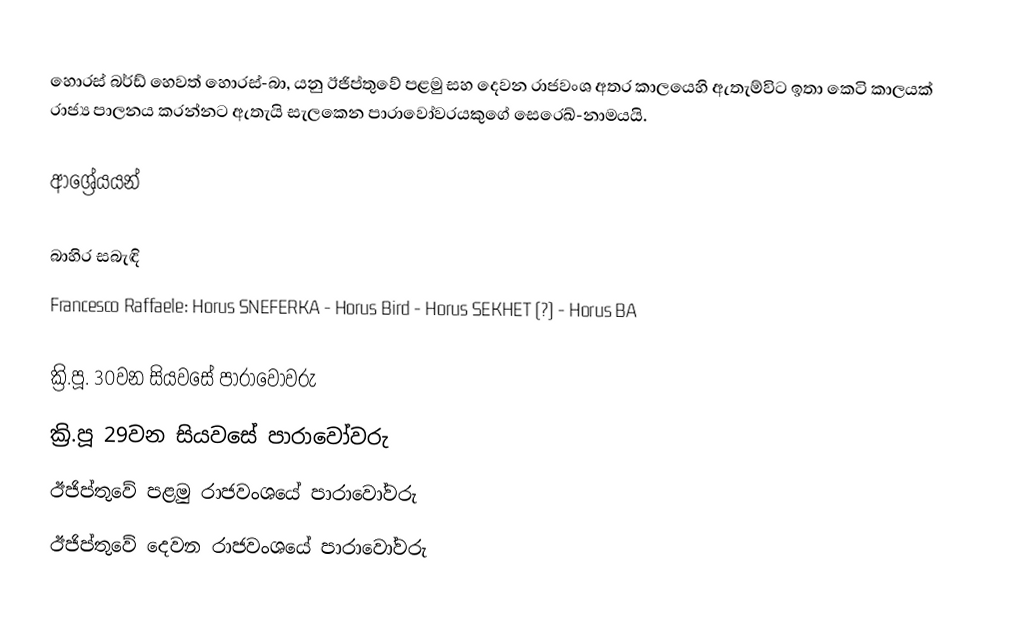
හොරස් බර්ඩ් හෙවත් හොරස්-බා, යනු ඊජිප්තුවේ පළමු සහ දෙවන රාජවංශ අතර කාලයෙහි ඇතැම්විට ඉතා කෙටි කාලයක් රාජ්‍ය පාලනය කරන්නට ඇතැයි සැලකෙන පාරාවෝවරයකුගේ සෙරෙඛ්-නාමයයි.

ආශ්‍රේයයන්

බාහිර සබැඳි
 Francesco Raffaele: Horus SNEFERKA - Horus Bird - Horus SEKHET (?) - Horus BA

ක්‍රි.පූ. 30වන සියවසේ පාරාවෝවරු
ක්‍රි.පූ 29වන සියවසේ පාරාවෝවරු
ඊජිප්තුවේ පළමු රාජවංශයේ පාරාවෝවරු
ඊජිප්තුවේ දෙවන රාජවංශයේ පාරාවෝවරු